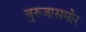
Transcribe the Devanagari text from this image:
बुरुजासमोर